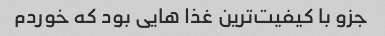
جزو با کیفیت‌ترین غذا هایی بود که خوردم